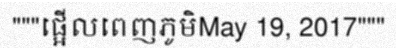
"""ផ្អើលពេញភូមិMay 19, 2017"""